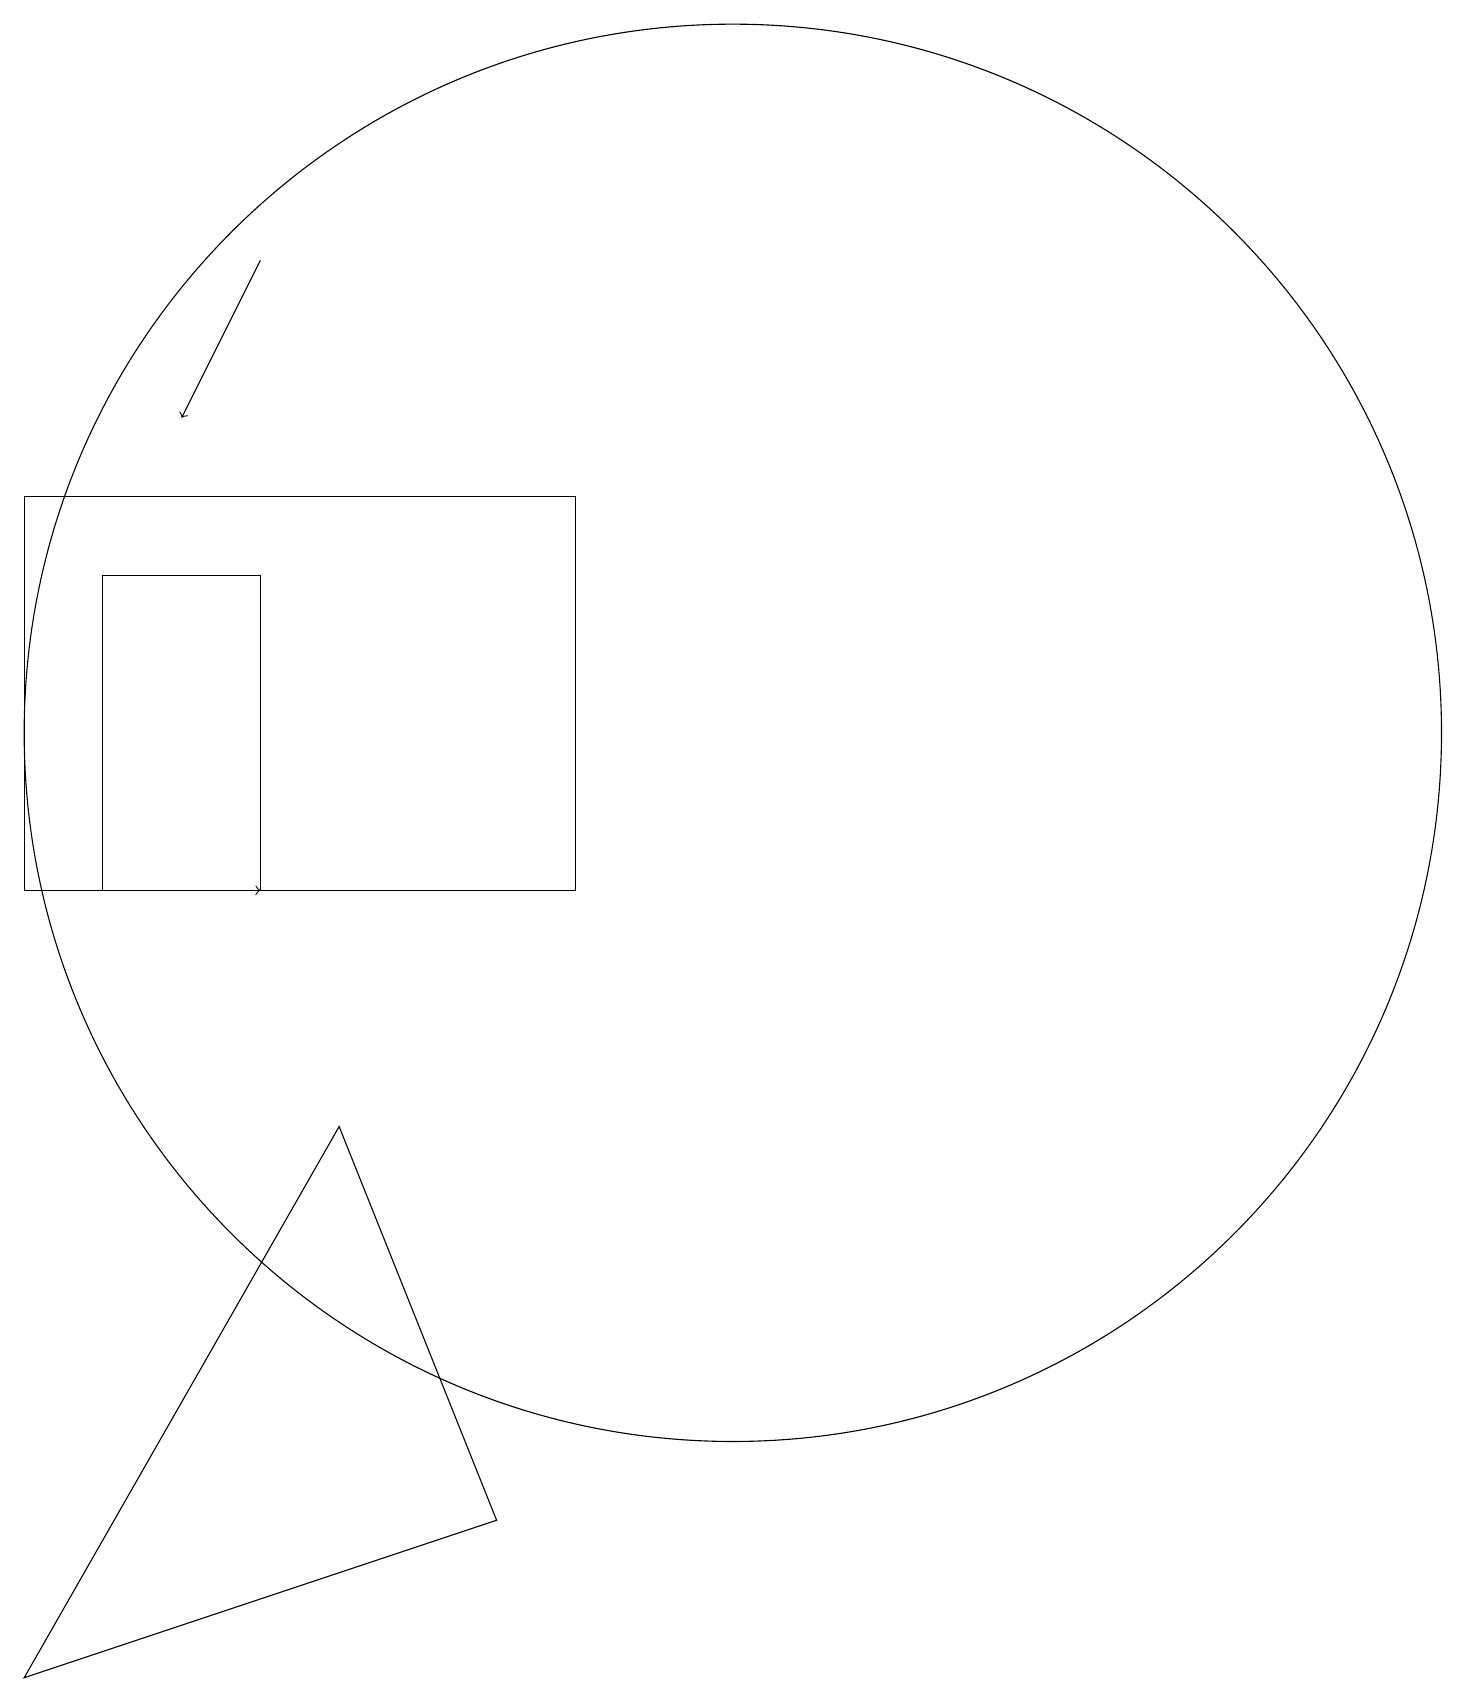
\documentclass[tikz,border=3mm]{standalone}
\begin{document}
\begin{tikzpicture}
\draw[->] (3,10) -- (4,10);
\draw (8,10) rectangle (1,15);
\draw (10,11) circle (0);
\draw (4,14) rectangle (2,10);
\draw (7,2) -- (5,7) -- (1,0) -- cycle;
\draw (10,12) circle (9);
\draw[->] (4,18) -- (3,16);
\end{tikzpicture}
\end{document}